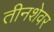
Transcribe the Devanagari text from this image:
तीनशेवर